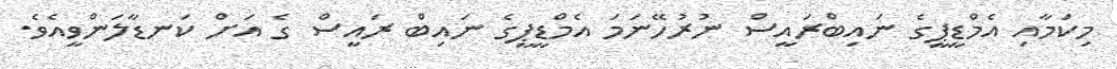
މިކަމާއި އެމްޑީޕީގެ ނައިބްރައީސް ނުރުހޭނަމަ އެމްޑީޕީގެ ނައިބް ރައީސް ގެ އަށް ކަނޑާލަންވީއެވެ.